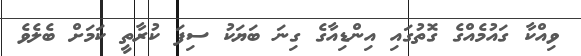
ވިއްކާ ގައުމެއްގެ ގޮތުގައި އިންޑިއާގެ ގިނަ ބަޔަކު ސިފަ ކުރާތީ ކަމަށް ބެލެވެ